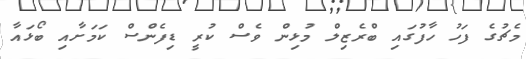
މެޗުގެ ފަހު ހާފުގައި ބްރެޒިލް މުޅިން ވެސް ކުރީ ޑިފެންސް ކަމަށާއި ބޯޅައާ